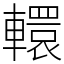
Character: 轘